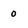
Character: 0